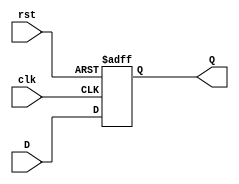
module StageRegister #(
    parameter DATA_WIDTH = 8  // Parameter to define the data width
) (
    input wire clk,            // Clock input
    input wire rst,            // Reset input
    input wire [DATA_WIDTH-1:0] D, // Data input
    output reg [DATA_WIDTH-1:0] Q  // Data output
);

// Synchronous or Asynchronous Reset
// Change the following line for synchronous reset behavior
always @(posedge clk or posedge rst) begin
    if (rst) begin
        Q <= {DATA_WIDTH{1'b0}};  // Set output Q to 0 on reset
    end else begin
        Q <= D;                   // Capture input D on clock edge
    end
end

endmodule